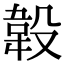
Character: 𣪡